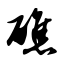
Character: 礁